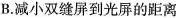
B.减小双缝屏到光屏的距离